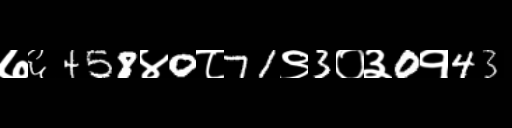
Text: ७६458४0८71९3०३0१43